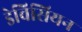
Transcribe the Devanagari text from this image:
डेविसियन